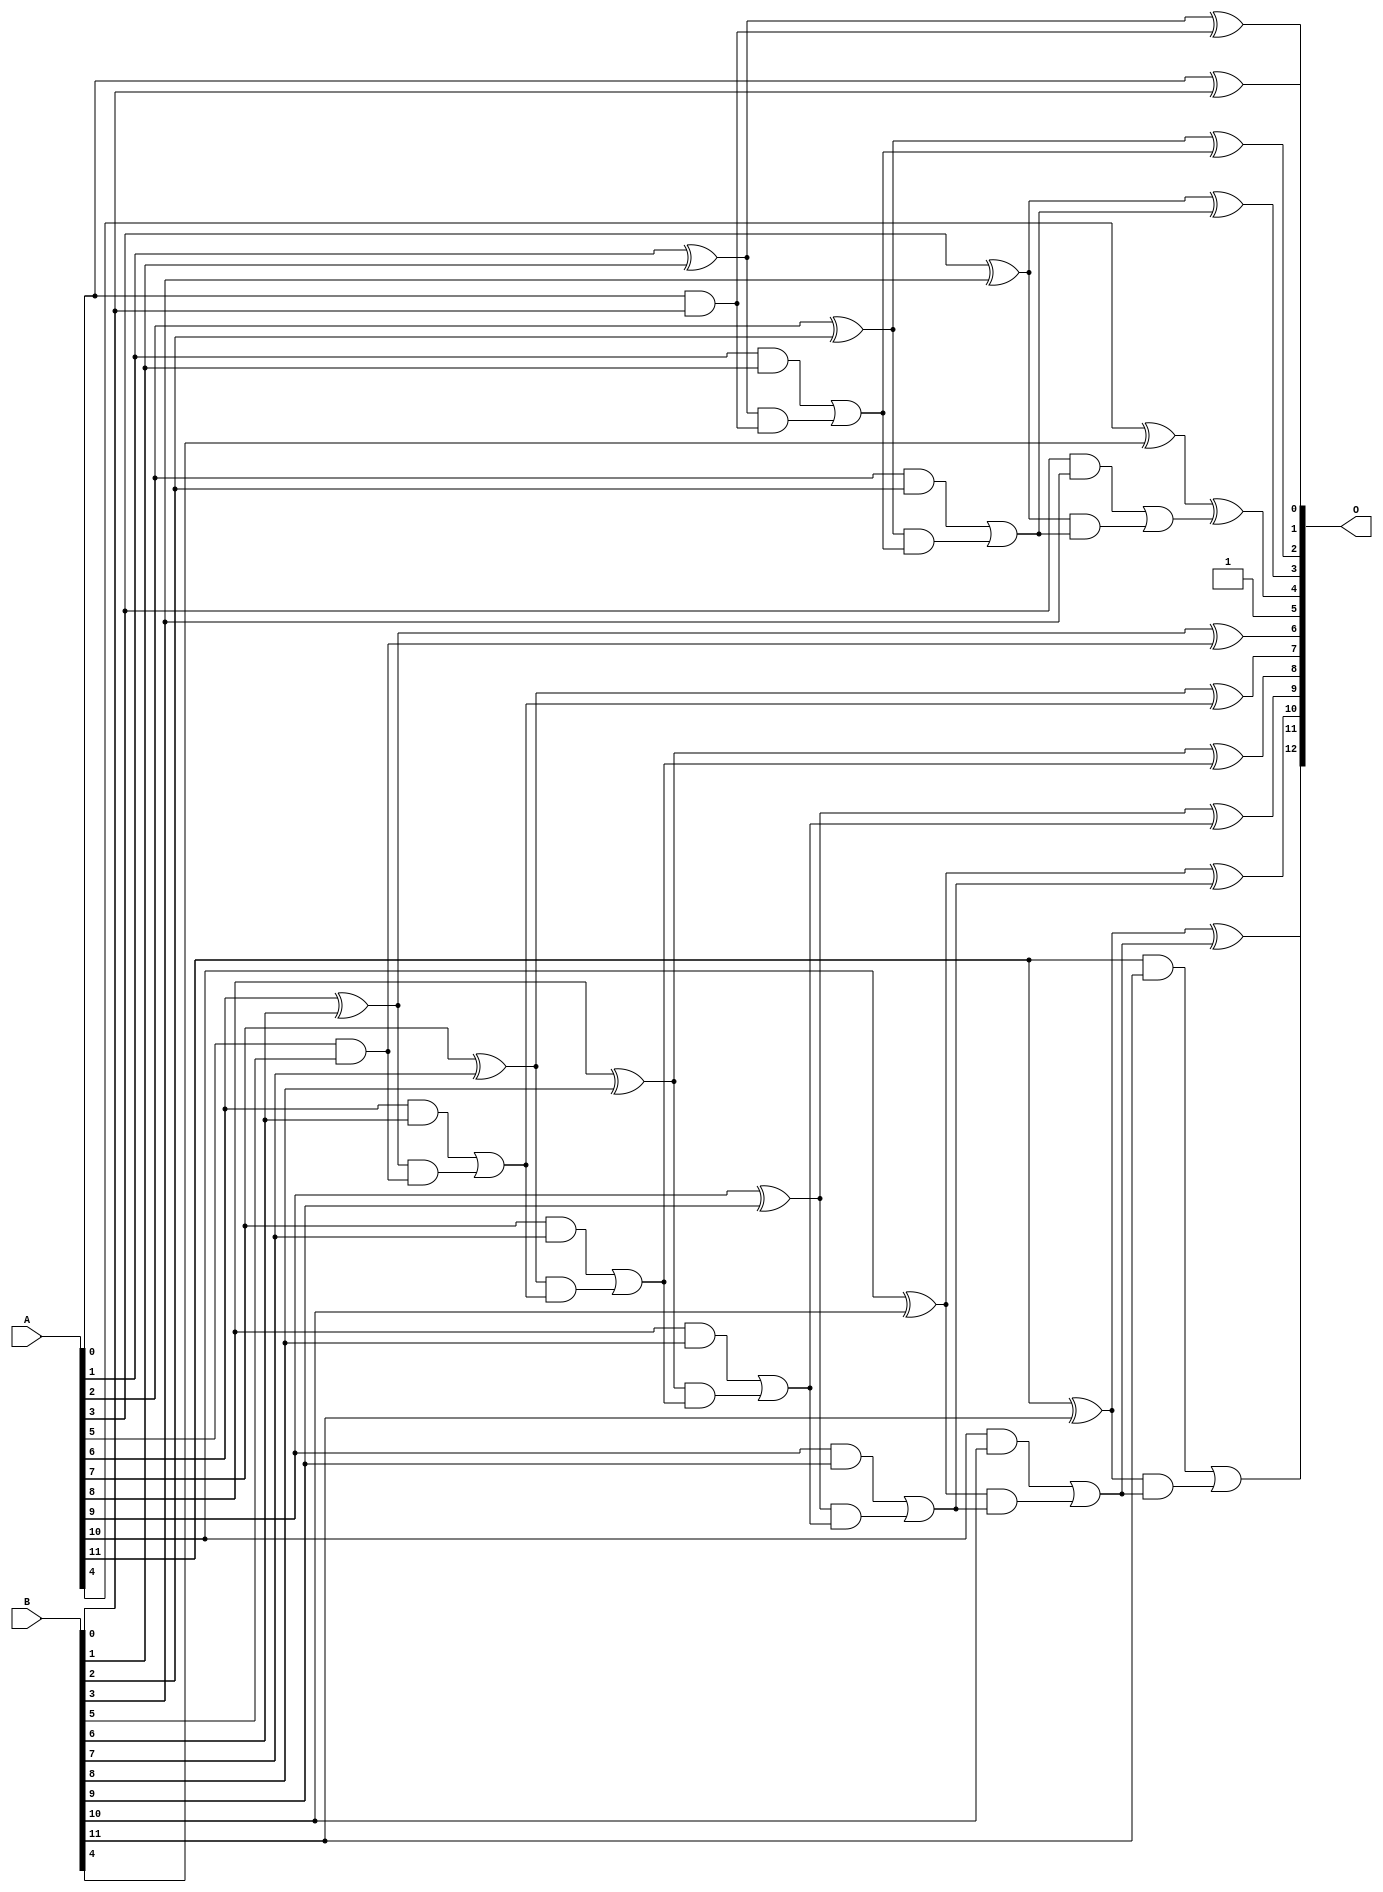
/***
* This code is a part of EvoApproxLib library (ehw.fit.vutbr.cz/approxlib) distributed under The MIT License.
* When used, please cite the following article(s):  
* This file contains a circuit from a sub-set of pareto optimal circuits with respect to the pwr and ep parameters
***/
// MAE% = 0.20 %
// MAE = 16 
// WCE% = 0.39 %
// WCE = 32 
// WCRE% = 3200.00 %
// EP% = 50.00 %
// MRE% = 0.54 %
// MSE = 512 
// PDK45_PWR = 0.047 mW
// PDK45_AREA = 99.5 um2
// PDK45_DELAY = 0.54 ns


module add12u_0J8(A, B, O);
  input [11:0] A, B;
  output [12:0] O;
  wire sig_25, sig_26, sig_27, sig_28, sig_30, sig_31;
  wire sig_32, sig_33, sig_35, sig_36, sig_37, sig_38;
  wire sig_40, sig_41, sig_47, sig_50, sig_51, sig_52;
  wire sig_53, sig_55, sig_56, sig_57, sig_58, sig_60;
  wire sig_61, sig_62, sig_63, sig_65, sig_66, sig_67;
  wire sig_68, sig_70, sig_71, sig_72, sig_73, sig_75;
  wire sig_76, sig_77, sig_78;
  assign sig_25 = A[0] & B[0];
  assign sig_26 = A[1] ^ B[1];
  assign sig_27 = A[1] & B[1];
  assign sig_28 = sig_26 & sig_25;
  assign O[1] = sig_26 ^ sig_25;
  assign sig_30 = sig_27 | sig_28;
  assign sig_31 = A[2] ^ B[2];
  assign sig_32 = A[2] & B[2];
  assign sig_33 = sig_31 & sig_30;
  assign O[2] = sig_31 ^ sig_30;
  assign sig_35 = sig_32 | sig_33;
  assign sig_36 = A[3] ^ B[3];
  assign sig_37 = A[3] & B[3];
  assign sig_38 = sig_36 & sig_35;
  assign O[3] = sig_36 ^ sig_35;
  assign sig_40 = sig_37 | sig_38;
  assign sig_41 = A[4] ^ B[4];
  assign O[4] = sig_41 ^ sig_40;
  assign O[5] = 1'b1;
  assign sig_47 = A[5] & B[5];
  assign O[0] = A[0] ^ B[0];
  assign sig_50 = sig_47;
  assign sig_51 = A[6] ^ B[6];
  assign sig_52 = A[6] & B[6];
  assign sig_53 = sig_51 & sig_50;
  assign O[6] = sig_51 ^ sig_50;
  assign sig_55 = sig_52 | sig_53;
  assign sig_56 = A[7] ^ B[7];
  assign sig_57 = A[7] & B[7];
  assign sig_58 = sig_56 & sig_55;
  assign O[7] = sig_56 ^ sig_55;
  assign sig_60 = sig_57 | sig_58;
  assign sig_61 = A[8] ^ B[8];
  assign sig_62 = A[8] & B[8];
  assign sig_63 = sig_61 & sig_60;
  assign O[8] = sig_61 ^ sig_60;
  assign sig_65 = sig_62 | sig_63;
  assign sig_66 = A[9] ^ B[9];
  assign sig_67 = A[9] & B[9];
  assign sig_68 = sig_66 & sig_65;
  assign O[9] = sig_66 ^ sig_65;
  assign sig_70 = sig_67 | sig_68;
  assign sig_71 = A[10] ^ B[10];
  assign sig_72 = A[10] & B[10];
  assign sig_73 = sig_71 & sig_70;
  assign O[10] = sig_71 ^ sig_70;
  assign sig_75 = sig_72 | sig_73;
  assign sig_76 = A[11] ^ B[11];
  assign sig_77 = A[11] & B[11];
  assign sig_78 = sig_76 & sig_75;
  assign O[11] = sig_76 ^ sig_75;
  assign O[12] = sig_77 | sig_78;
endmodule